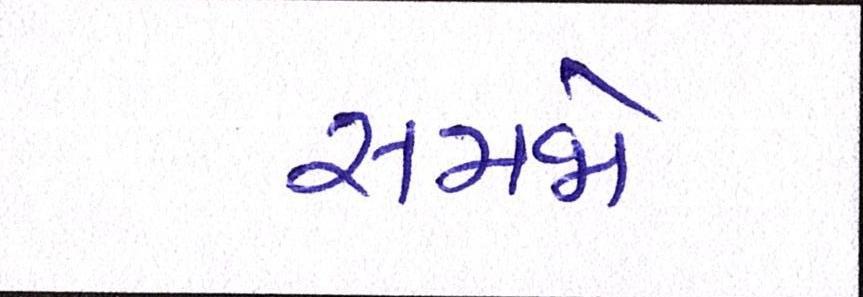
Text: સમજો